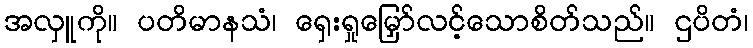
အလှူကို။ ပတိမာနသံ၊ ရှေးရှုမြှော်လင့်သောစိတ်သည်။ ဌပိတံ၊